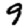
Digit: 9